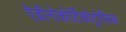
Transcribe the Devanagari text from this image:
ऐडीनोकोर्टिकोट्रोफिक